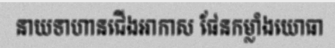
នាយទាហានជើងអាកាស ផែនកម្លាំងយោធា